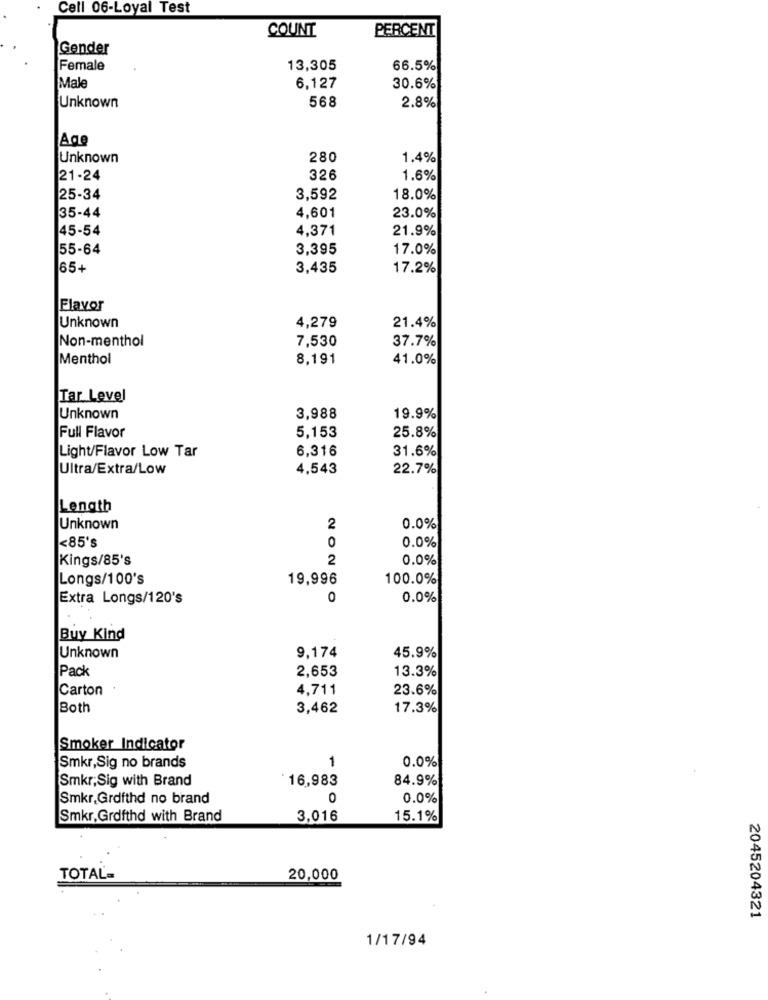
Cell 06-Loyal Test
COUNT
PERCENT
Gender
Female
13,305
66.5%
Male
6,127
30.6%
Unknown
568
2.8%
Age
Unknown
280
1.4%
21-24
326
1.6%
25-34
3,592
18.0%
35-44
23.0%
4,601
45-54
4,371
21.9%
55-64
3,395
17.0%
65+
3,435
17.2%
Flavor
4,279
21.4%
Unknown
Non-menthol
7,530
37.7%
Menthol
8,191
41.0%
Tar Level
Unknown
3,988
19.9%
Full Flavor
5,153
25.8%
Light/Flavor Low Tar
6,316
31.6%
Ultra/Extra/Low
4,543
22.7%
Length
Unknown
2
0.0%
0
0.0%
<85's
Kings/85's
2
0.0%
Longs/100's
19,996
100.0%
Extra Longs/120's
0
0.0%
Buy Kind
45.9%
Unknown
9,174
Pack
2,653
13.3%
Carton
4.711
23.6%
Both
3,462
17.3%
Smoker Indicator
1
0.0%
Smkr,Sig no brands
Smkr; Sig with Brand
*16,983
84.9%
Smkr, Grdfthd no brand
0
0.0%
Smkr, Grofthd with Brand
3,016
15.1%
TOTAL=
20,000
2045204321
1/17/94